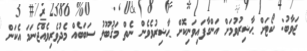
ޖަވާބު: ކޯޓަށް ޙާޟިރުވުމަށް އަންގާފައިވަނިކޮށް ޙާޟިރުވެވެން ނެތް މަޤުބޫލު ސަބަބެއް މެދުވެރިވެއްޖެނަމަ އެކަން